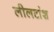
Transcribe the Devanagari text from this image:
लीलटांश